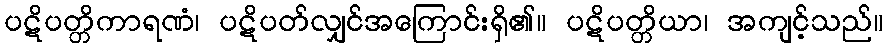
ပဋိပတ္တိကာရဏံ၊ ပဋိပတ်လျှင်အကြောင်းရှိ၏။ ပဋိပတ္တိယာ၊ အကျင့်သည်။